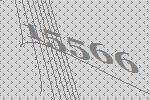
15566